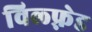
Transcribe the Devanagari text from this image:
विल्फ़्रेड